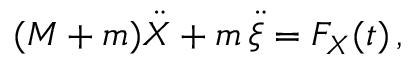
( M + m ) \ddot { X } + m \, \ddot { \xi } = F _ { X } ( t ) \, ,